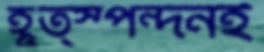
হূত্স্পন্দনই